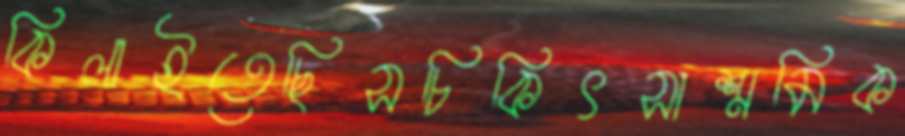
কিলাইতেছিসচিকিৎসাশ্রমিক